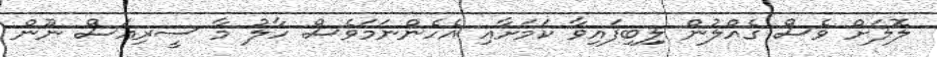
ލޮލަށް ވެސް ގެއްލުން ލިިބިފައިވާ ކަމަށާއި އެހެންނަމަވެސް ހާލު މާ ސީރިއަސް ނޫން